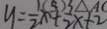
y = \frac { 1 } { 2 } x + \frac { 3 } { 2 } x + 2